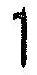
1